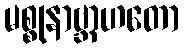
မစ္စုနာဗ္ဘာဟတော